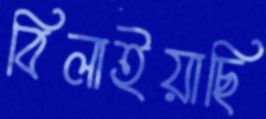
বিলাইয়াছি